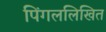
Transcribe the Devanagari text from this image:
पिंगललिखित